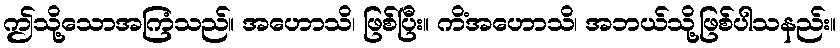
ဤသို့သောအကြံသည်။ အဟောသိ၊ ဖြစ်ပြီး။ ကိံအဟောသိ၊ အဘယ်သို့ဖြစ်ပါသနည်း။